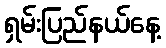
ရှမ်းပြည်နယ်နေ့